Vaccination in Bombay 1869-1873 - 1869-1873
Year: 1869
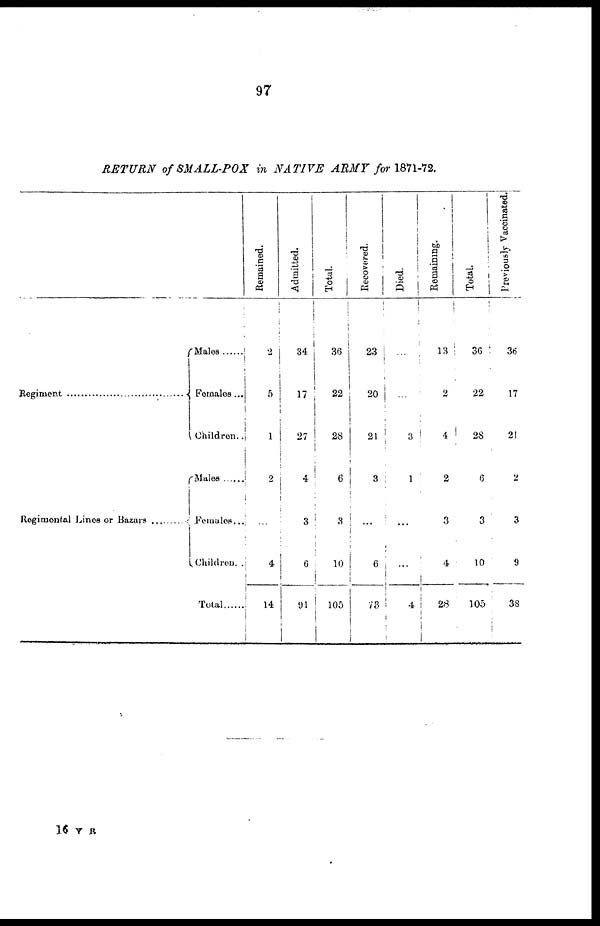
97
RETURN of SMALL-POX
in NATIVE
ARMY for 1871-72.
Regiment..............................
Regimental Lines Bazars ............
Males ......
Females ...
Children..
Females ...
Females...
Children..
Total ......
Remained.
2
5
1
2
...
4
14
Admitted.
34
17
27
4
3
6
91
Total.
36
22
28
6
3
10
105
Recovered.
23
20
21
3
...
6
73
Died.
...
...
3
1
...
...
4
Remaining.
13
2
4
2
3
4
28
Total.
36
22
28
6
3
10
105
Previously Vaccinated.
36
17
21
2
3
9
38
16 V R